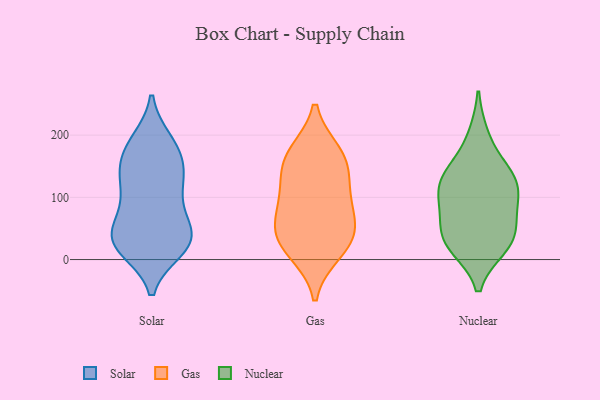
{"axis": {"x": "Budget (USD K)", "y": "Value"}, "legend": ["Gas", "Nuclear", "Solar"], "data": [{"x": "", "y": 17, "type": "Solar"}, {"x": "", "y": 28, "type": "Solar"}, {"x": "", "y": 40, "type": "Solar"}, {"x": "", "y": 134, "type": "Solar"}, {"x": "", "y": 46, "type": "Solar"}, {"x": "", "y": 167, "type": "Solar"}, {"x": "", "y": 188, "type": "Solar"}, {"x": "", "y": 109, "type": "Solar"}, {"x": "", "y": 73, "type": "Solar"}, {"x": "", "y": 145, "type": "Solar"}, {"x": "", "y": 34, "type": "Solar"}, {"x": "", "y": 177, "type": "Solar"}, {"x": "", "y": 117, "type": "Solar"}, {"x": "", "y": 190, "type": "Solar"}, {"x": "", "y": 28, "type": "Solar"}, {"x": "", "y": 80, "type": "Solar"}, {"x": "", "y": 20, "type": "Solar"}, {"x": "", "y": 27, "type": "Solar"}, {"x": "", "y": 138, "type": "Solar"}, {"x": "", "y": 28, "type": "Gas"}, {"x": "", "y": 170, "type": "Gas"}, {"x": "", "y": 50, "type": "Gas"}, {"x": "", "y": 74, "type": "Gas"}, {"x": "", "y": 115, "type": "Gas"}, {"x": "", "y": 13, "type": "Gas"}, {"x": "", "y": 37, "type": "Gas"}, {"x": "", "y": 160, "type": "Gas"}, {"x": "", "y": 159, "type": "Gas"}, {"x": "", "y": 98, "type": "Gas"}, {"x": "", "y": 131, "type": "Nuclear"}, {"x": "", "y": 135, "type": "Nuclear"}, {"x": "", "y": 141, "type": "Nuclear"}, {"x": "", "y": 23, "type": "Nuclear"}, {"x": "", "y": 42, "type": "Nuclear"}, {"x": "", "y": 95, "type": "Nuclear"}, {"x": "", "y": 114, "type": "Nuclear"}, {"x": "", "y": 61, "type": "Nuclear"}, {"x": "", "y": 94, "type": "Nuclear"}, {"x": "", "y": 21, "type": "Nuclear"}, {"x": "", "y": 32, "type": "Nuclear"}, {"x": "", "y": 198, "type": "Nuclear"}]}